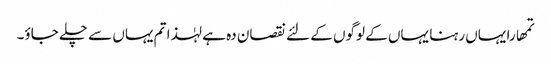
تمھارا یہاں رہنا یہاں کے لوگوں کے لئے نقصان دہ ہے لہٰذا تم یہاں سے چلے جاؤ۔